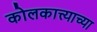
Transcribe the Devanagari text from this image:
कोलकात्त्याच्या